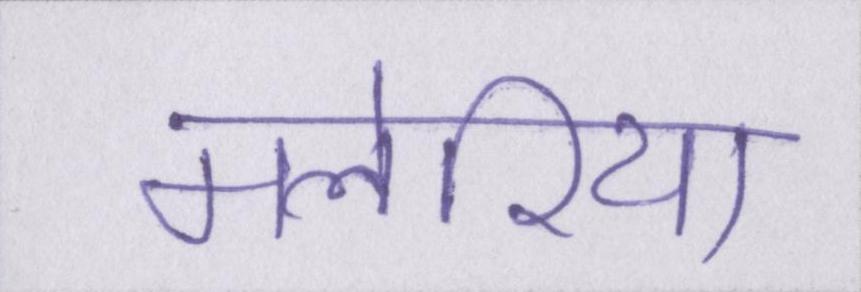
मलेरिया